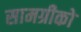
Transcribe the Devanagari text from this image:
सामग्रीको